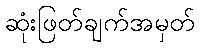
ဆုံးဖြတ်ချက်အမှတ်